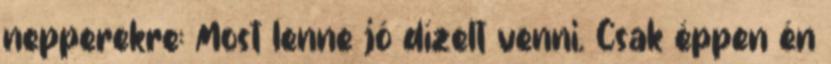
nepperekre: Most lenne jó dízelt venni. Csak éppen én